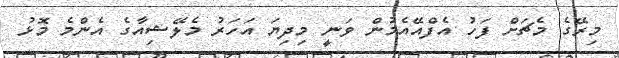
މިރޭގެ މެޗަށް ފަހު އެފްއޭއެމުން ވަނީ މިދިޔަ އަހަރު މެލޭޝިއާގެ އެންމެ މޮޅު